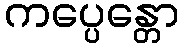
ကပ္ပေန္တော